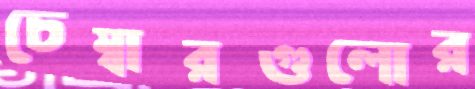
চেম্বারগুলোর